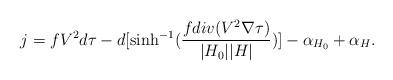
LaTeX: \begin{align*} j = f V ^2 d \tau - d[ \sinh^{-1} (\frac{f div (V ^2 \nabla \tau)}{|H_0||H|})]-\alpha_{H_0} + \alpha_{H}. \end{align*}